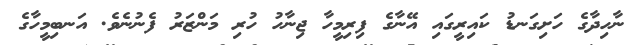
ނާހިދާގެ ހަށިގަނޑު ކައިރީގައި އޭނާގެ ފިރިމީހާ ޖިނާހު ހުރި މަންޒަރު ފެނުނެވެ. އަނބިމީހާގެ